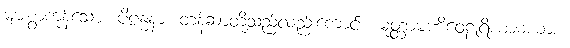
များစွာကုန်သော။ ပိဠန္ဓနာ၊ တန်ဆာတို့သည်လည်းကောင်း။ မုတ္တာမဏိဝေဠုရိယာမယာစ၊